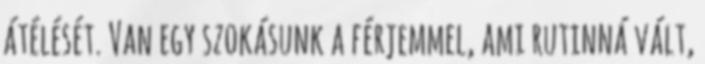
átélését. Van egy szokásunk a férjemmel, ami rutinná vált,